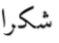
شكرا